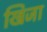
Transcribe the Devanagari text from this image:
खिजा